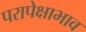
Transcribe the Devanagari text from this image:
परापेक्षाभाव